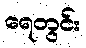
ရေတွင်း